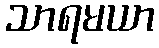
သာရမယာ